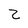
Character: Z